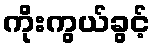
ကိုးကွယ်ခွင့်